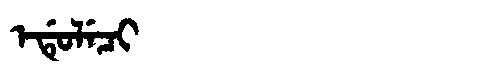
Manchu: ᡝᡩᡠᠯᡝᠴᡳ
Romanization: EDULECI